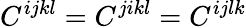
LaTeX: C^{ijkl}=C^{jikl}=C^{ijlk}